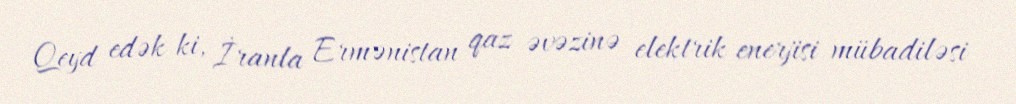
Qeyd edək ki, İranla Ermənistan qaz əvəzinə elektrik enerjisi mübadiləsi